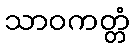
သာဝကတ္တံ